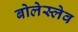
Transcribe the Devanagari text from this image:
बोलेस्लेव